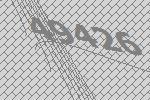
49426